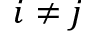
i \neq j